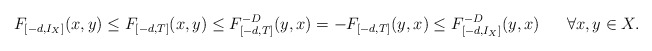
\begin{align*}F_{[-d,I_X]}(x,y)\leq F_{[-d,T]}(x,y)\leq F^{-D}_{[-d,T]}(y,x)=-F_{[-d,T]}(y,x)\leq F_{[-d,I_X]}^{-D}(y,x)\ \ \ \ \ \forall x,y\in X.\end{align*}